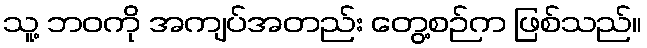
သူ့ ဘဝကို အကျပ်အတည်း တွေ့စဉ်က ဖြစ်သည်။